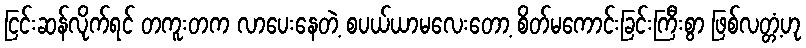
ငြင်းဆန်လိုက်ရင် တကူးတက လာပေးနေတဲ့ စပယ်ယာမလေးတော့ စိတ်မကောင်းခြင်းကြီးစွာ ဖြစ်လတ္တံ့ဟု